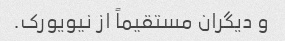
و دیگران مستقیماً از نیویورک.